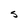
Character: S